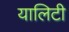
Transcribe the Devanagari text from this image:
यालिटी